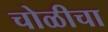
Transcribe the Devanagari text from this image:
चोळीचा